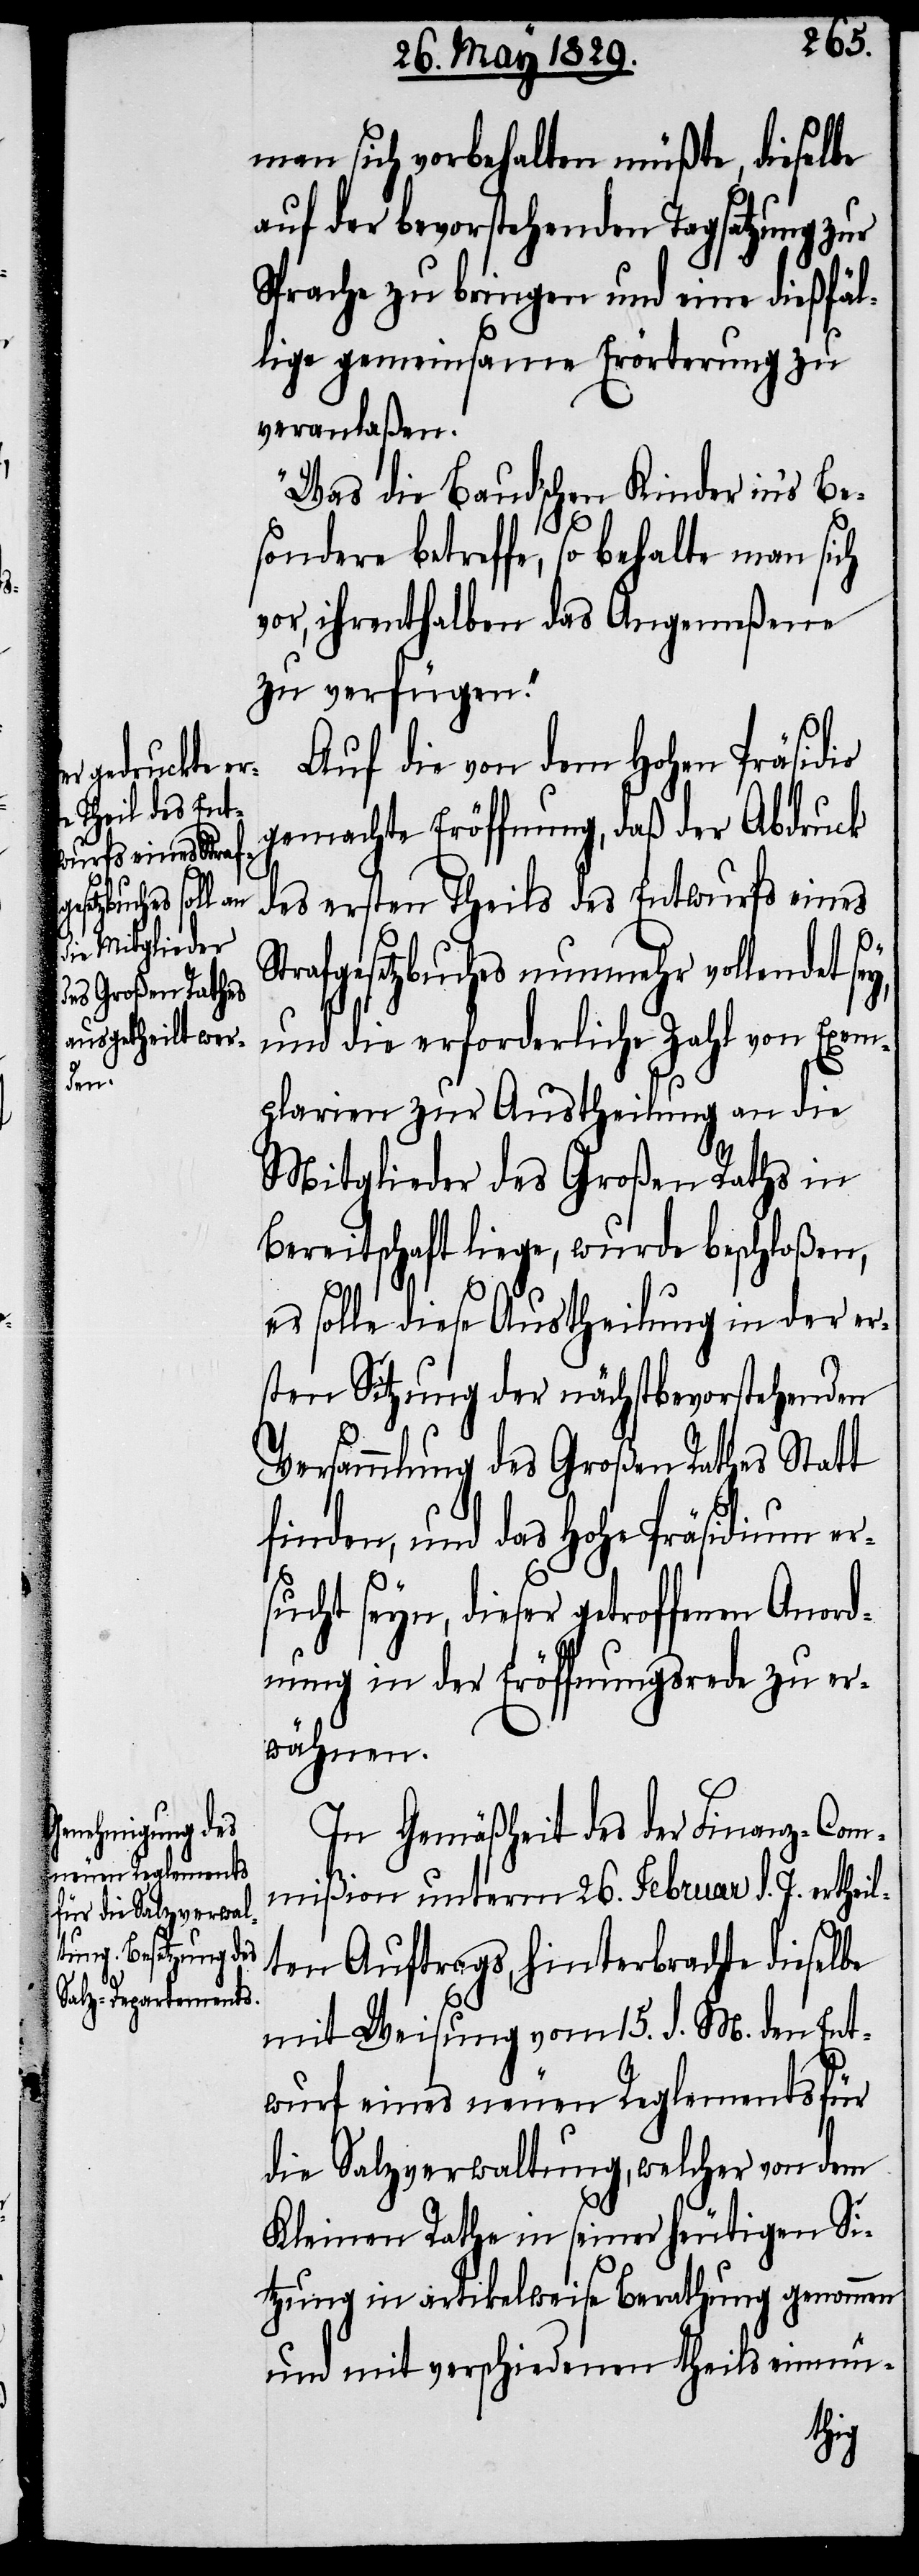
man sich vorbehalten müßte, dieselbe
auf der bevorstehenden Tagsatzung zur
Sprache zu bringen und eine dießfäl¬
lige gemeinsame Erörterung zu
veranlaßen.
Was die Baud’schen Kinder in’s Be¬
sondere betreffe, so behalte man sich
vor, ihrenthalben das Angemeßene
zu verfügen.
Auf die von dem Hohen Präsidio
gemachte Eröffnung, daß der Abdruck
des ersten Theils des Entwurfs eines
trafgesetzbuches nunmehr vollendet sey,
und die erforderliche Zahl von Exem¬
plarien zur Austheilung an die
Mitglieder des Großen Raths in
Bereitschaft liege, wurde beschloßen,
S¬
es solle diese Austheilung in der er¬
sten Sitzung der nächstbevorstehenden
Versammlung des Großen Rathes Statt
finden, und das Hohe Präsidium er¬
sucht seyn, dieser getroffenen Anord¬
nung in der Eröffnungsrede zu er¬
wähnen.
In Gemäßheit des der Finanz-Com¬
mißion unterm 26. Februar d. J. ertheil¬
ten Auftrags, hinterbrachte dieselbe
mit Weisung vom 15. d. M. den Ent¬
wurf eines neuen Reglements für
die Salzverwaltung, welcher von dem
Kleinen Rathe in seiner heutigen Si¬
tzung in artikelweise Berathung genommen
und mit verschiedenen theils einmü-